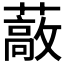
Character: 𰲈